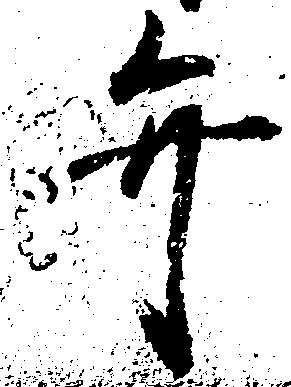
弁